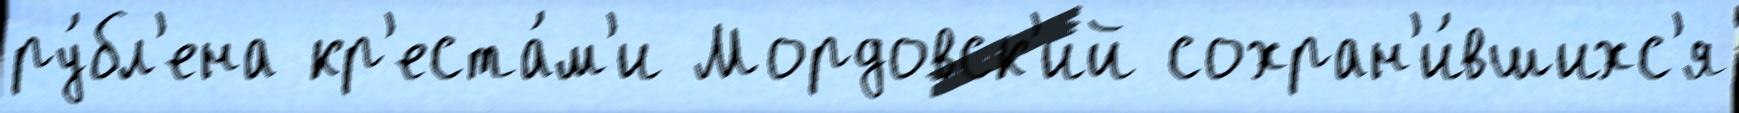
ру́бл'ена кр'еста́м'и Мордовск'ий сохран'и́вшихс'я